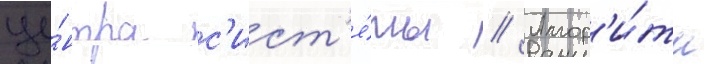
це́нтра с'ист'е́мы // Алгор'и́тм